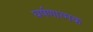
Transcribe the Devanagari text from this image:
घर्षणात्मक